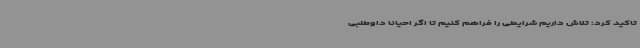
تاکید کرد: تلاش داریم شرایطی را فراهم کنیم تا اگر احیاناً داوطلبی